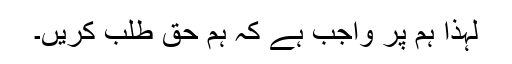
لہٰذا ہم پر واجب ہے کہ ہم حق طلب کریں۔